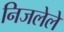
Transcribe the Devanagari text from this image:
निजलेले